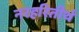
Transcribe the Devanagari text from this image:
नरहरितीर्थ